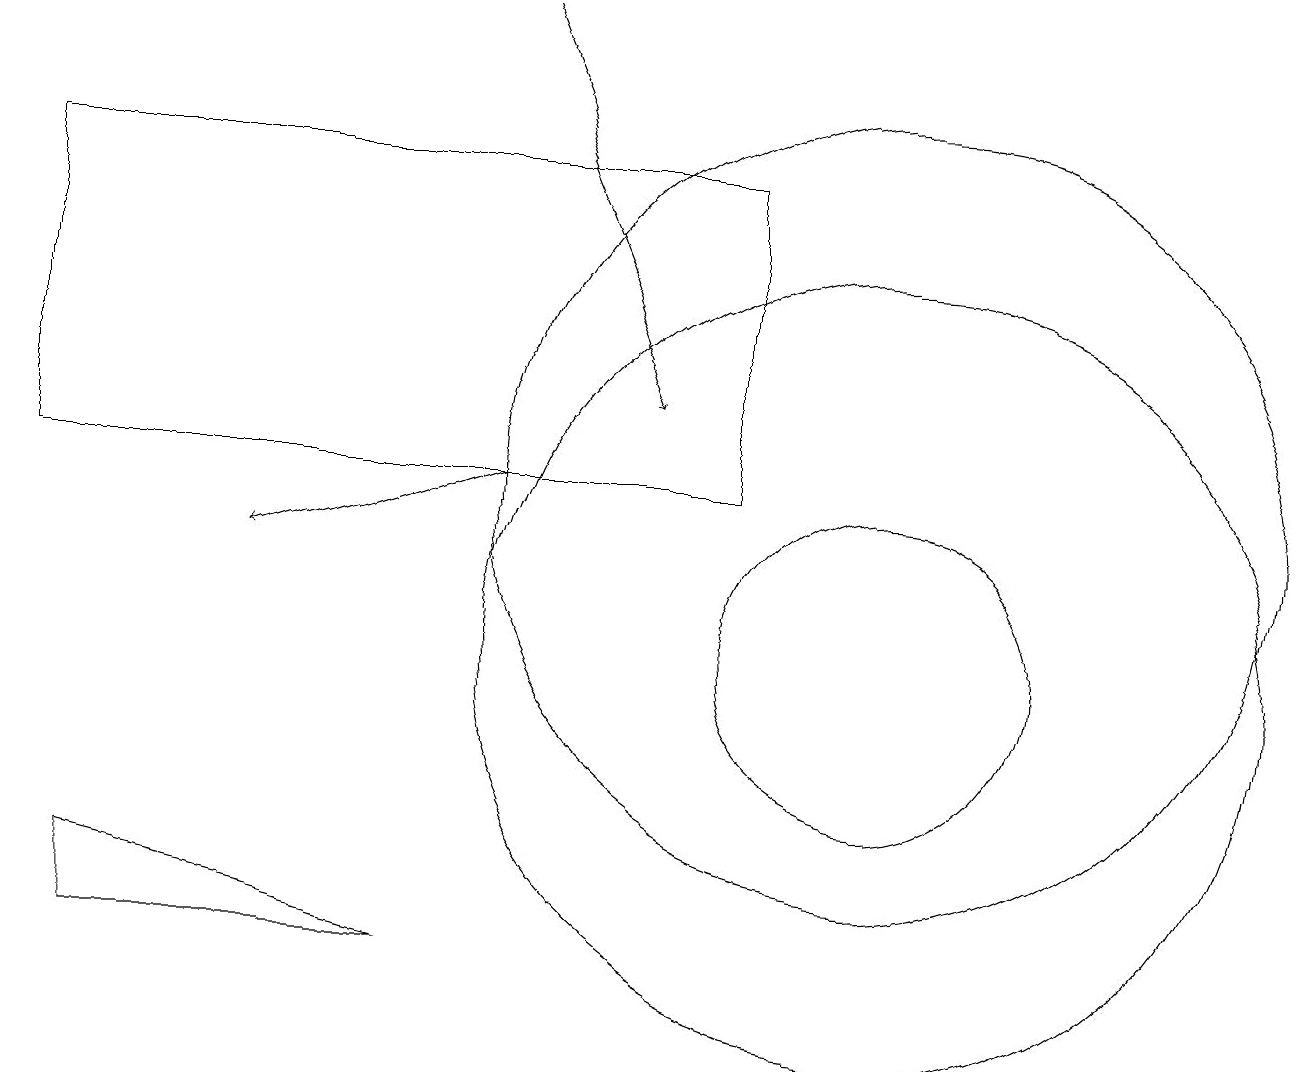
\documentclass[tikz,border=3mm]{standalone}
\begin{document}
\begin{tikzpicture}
\draw[->] (6,18) -- (8,13);
\draw[->] (6,12) -- (3,11);
\draw (11,10) circle (5);
\draw (11,10) circle (2);
\draw (1,6) -- (5,6) -- (1,7) -- cycle;
\draw (11,12) circle (5);
\draw (0,12) rectangle (9,16);
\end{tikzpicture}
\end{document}